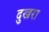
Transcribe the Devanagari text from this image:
दुखरा